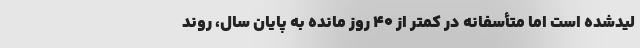
لیدشده است اما متأسفانه در کمتر از ۴۰ روز مانده به پایان سال، روند